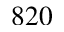
8 2 0